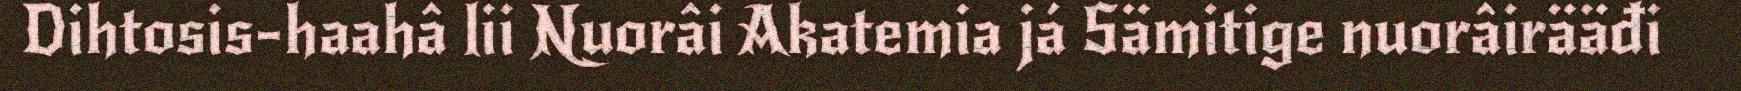
Dihtosis-haahâ lii Nuorâi Akatemia já Sämitige nuorâirääđi